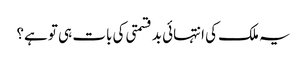
یہ ملک کی انتہائی بدقسمتی کی بات ہی تو ہے؟